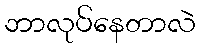
ဘာလုပ်နေတာလဲ